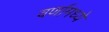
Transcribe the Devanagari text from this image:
वर्णामध्ये